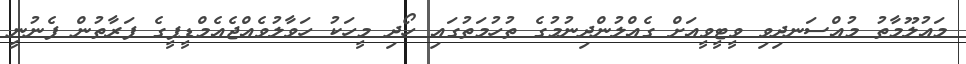
މައުލޫމާތު މުއްސަނދިވި ވީޓީވީއަށް ގެއްލުންދިނުމުގެ ތުހުމަތުގައި ހޯދި މީހަކު ހަވާލުވެއްޖެއެމްޑީޕީގެ ފަރާތުން ފެނުނީ